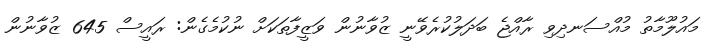
މައުލޫމާތު މުއްސަނދިވި ރާއްޖެ ބަދަލުކުރެވޭނީ ޒުވާނުން ވަޒީފާތަކަށް ނުކުމެގެން: ރައީސް 645 ޒުވާނުން